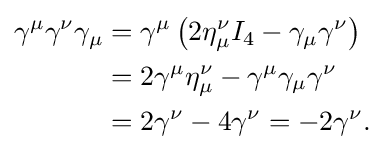
{\begin{aligned}\gamma ^{\mu }\gamma ^{\nu }\gamma _{\mu }&=\gamma ^{\mu }\left(2\eta _{\mu }^{\nu }I_{4}-\gamma _{\mu }\gamma ^{\nu }\right)\\&=2\gamma ^{\mu }\eta _{\mu }^{\nu }-\gamma ^{\mu }\gamma _{\mu }\gamma ^{\nu }\\&=2\gamma ^{\nu }-4\gamma ^{\nu }=-2\gamma ^{\nu }.\end{aligned}}